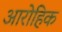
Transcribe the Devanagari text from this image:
आरोहिक